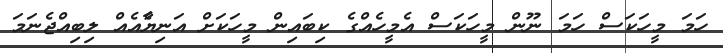
ހަމަ މީހަކަސް ހަމަ ނޫން މީހަކަސް އެމީހެއްގެ ކިބައިން މީހަކަށް އަނިޔާެއެއް ލިބިއްޖެނަމަ